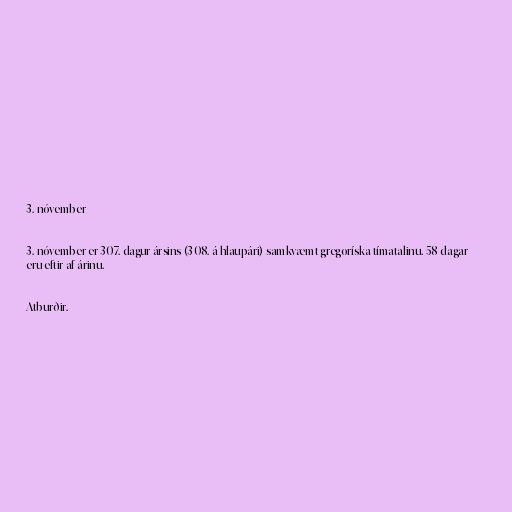
3. nóvember

3. nóvember er 307. dagur ársins (308. á hlaupári) samkvæmt gregoríska tímatalinu. 58 dagar
eru eftir af árinu.

Atburðir.